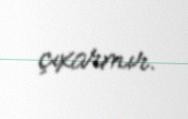
çıxarmır.